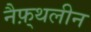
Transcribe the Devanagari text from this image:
नैफ़्थलीन